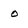
Character: o